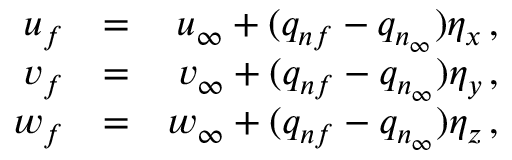
\begin{array} { r l r } { u _ { f } } & { = } & { u _ { \infty } + ( q _ { n f } - q _ { n _ { \infty } } ) \eta _ { x } \, \mathrm { , } } \\ { v _ { f } } & { = } & { v _ { \infty } + ( q _ { n f } - q _ { n _ { \infty } } ) \eta _ { y } \, \mathrm { , } } \\ { w _ { f } } & { = } & { w _ { \infty } + ( q _ { n f } - q _ { n _ { \infty } } ) \eta _ { z } \, \mathrm { , } } \end{array}